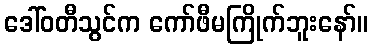
ဒေါ်ဝတီသွင်က ကော်ဖီမကြိုက်ဘူးနော်။